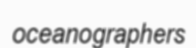
oceanographers